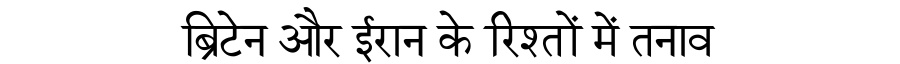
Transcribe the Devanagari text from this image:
ब्रिटेन और ईरान के रिश्तों में तनाव